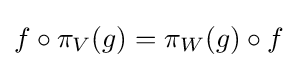
f\circ \pi _{V}(g)=\pi _{W}(g)\circ f